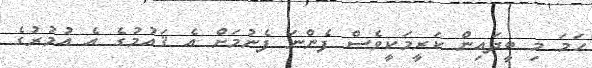
ހަމަ މި ބީދައިން ކަރީމަކީވެސް ފެންނަ ފެނުމަށް އެ ޤައުމުގެ އެ އުމުރުގެ